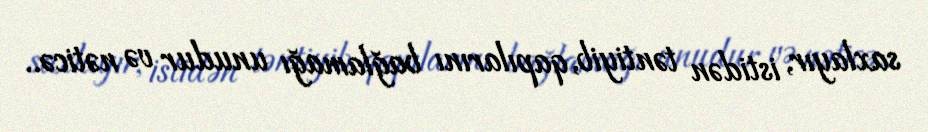
saxlayır, istidən təntiyib, qapılarını bağlamağı unudur və nəticə..